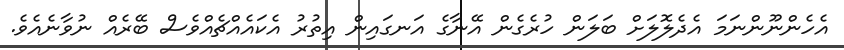
އެހެންނޫންނަމަ އެދެލޮލަށް ބަލަން ހުރެގެން އޭނާގެ އަނގައިން އިތުރު އެކައެއްޗެއްވެސް ބޭރެއް ނުވާނެއެވެ.